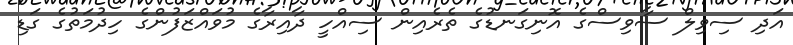
އަދި ސިވިލް ސާވިސްގެ އޮނިގަނޑުގެ ތެރެއިން ސިއްހީ ދާއިރާގެ މުވައްޒަފުންގެ ހިދުމަތުގެ ގަޑި